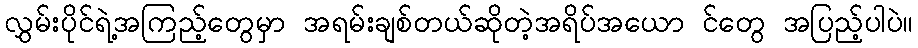
လွှမ်းပိုင်ရဲ့အကြည့်တွေမှာ အရမ်းချစ်တယ်ဆိုတဲ့အရိပ်အယော င်တွေ အပြည့်ပါပဲ။